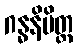
ဂန္ဓနိမိတ္တ